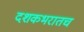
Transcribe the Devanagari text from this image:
दशकभरातच